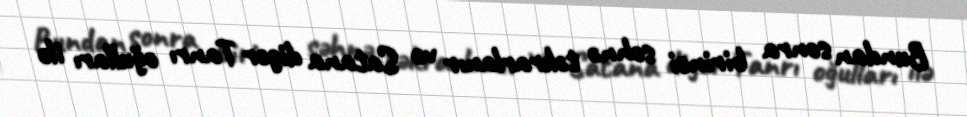
Bundan sonra birinci səhnə təkrarlanır və Satana digər Tanrı oğulları ilə